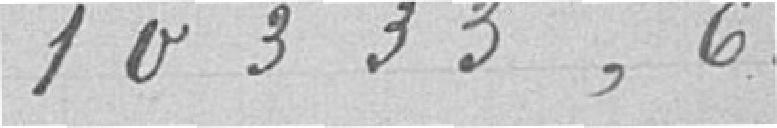
10333,63